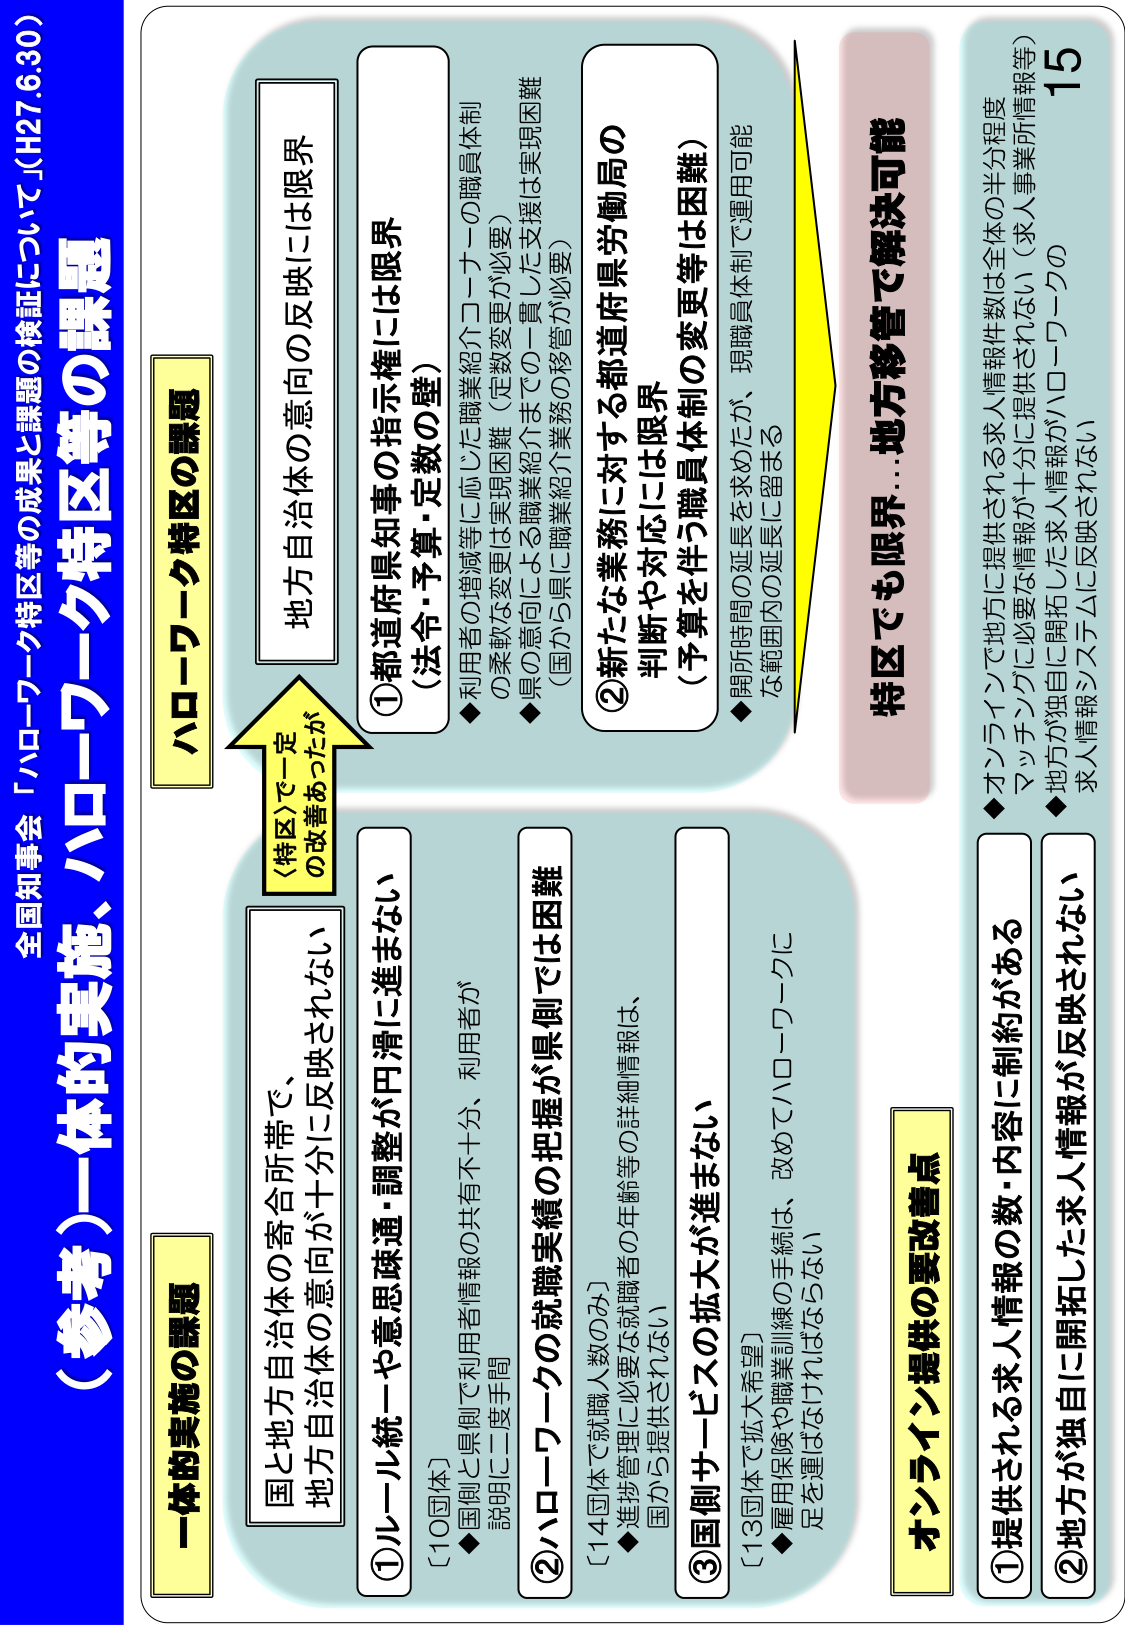
全国知事会「ハローワーク特区等の検証について」（H27.6.30）

（参考）一体的実施、ハローワーク特区等の課題

一体的実施の課題

国と地方自治体の寄合所帯で、
地方自治体の意向が十分に反映されない

ハローワーク特区の課題

地方自治体の意向の反映には限界

①都道府県知事の指示権には限界
（法令・予算・定数の壁）
◆利用者の増減等に応じた職業紹介コーナーの職員体制
の柔軟な変更は実現困難（定数変更が必要）
◆県の意向による職業紹介までの一貫した支援は実現困難
（国から県に職業紹介業務の移管が必要）

②新たな業務に対する都道府県労働局の
判断や対応には限界
（予算を伴う職員体制の変更等は困難）
◆開所時間の延長を求めたが、現職員体制で運用可能な範囲内の延長に留まる

特区でも限界…地方移管で解決可能

オンライン提供の要改善点

①提供される求人情報の数・内容に制約がある
②地方が独自に開拓した求人情報が反映されない

◆オンラインで地方に提供される求人情報件数は全体の半分程度
マッチングに必要な情報が十分に提供されない（求人事業所情報等）
◆地方が独自に開拓した求人情報がハローワークの求人情報システムに反映されない

①ルール統一や意思疎通・調整が円滑に進まない
［10団体］
◆国側と県側で利用者情報の共有不十分、利用者が説明に二度手間

②ハローワークの就職実績の把握が県側では困難
［14団体で就職人数のみ］
◆進捗管理に必要な就職者の年齢等の詳細情報は、国から提供されない

③国側サービスの拡大が進まない
［13団体で拡大希望］
◆雇用保険や職業訓練の手続は、改めてハローワークに足を運ばなければならない

（特区）で一定
の改善あったが